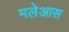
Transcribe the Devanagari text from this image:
मलेआस